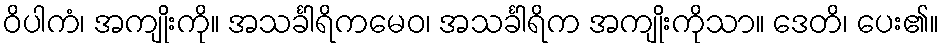
ဝိပါကံ၊ အကျိုးကို။ အသင်္ခါရိကမေဝ၊ အသင်္ခါရိက အကျိုးကိုသာ။ ဒေတိ၊ ပေး၏။